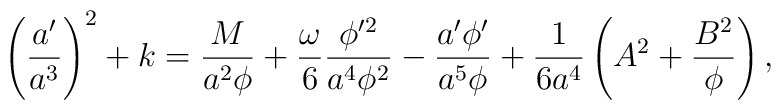
\left({a'\over a^3}\right)^2 +k={M\over a^2 \phi} +{\omega \over 6} {\phi'^2 \over a^4 \phi^2} - {a'\phi'\over a^5 \phi}+{1\over 6 a^4} \left( A^2 + {B^2\over\phi}\right),